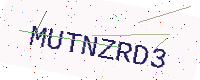
Text: MUTNZRD3